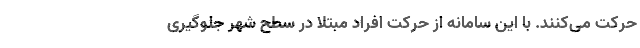
حرکت می‌کنند. با این سامانه از حرکت افراد مبتلا در سطح شهر جلوگیری